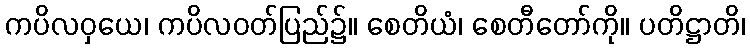
ကပိလဝှယေ၊ ကပိလဝတ်ပြည်၌။ စေတိယံ၊ စေတီတော်ကို။ ပတိဋ္ဌာတိ၊